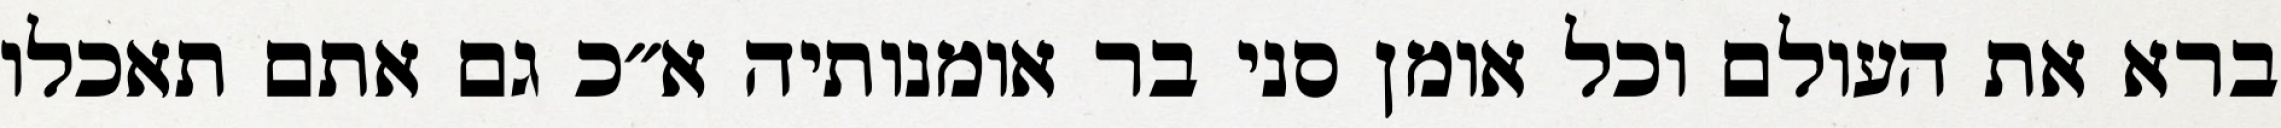
ברא את העולם וכל אומן סני בר אומנותיה א״כ גם אתם תאכלו